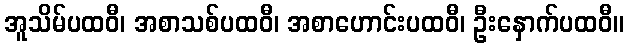
အူသိမ်ပထဝီ၊ အစာသစ်ပထဝီ၊ အစာဟောင်းပထဝီ၊ ဦးနှောက်ပထဝီ။